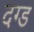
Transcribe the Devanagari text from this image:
दग्ड